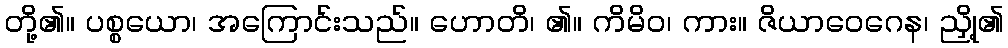
တို့၏။ ပစ္စယော၊ အကြောင်းသည်။ ဟောတိ၊ ၏။ ကိမိဝ၊ ကား။ ဇိယာဝေဂေန၊ ညှို့၏